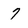
Character: 7